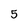
Character: 5